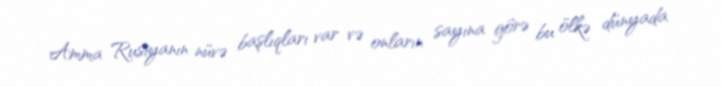
Amma Rusiyanın nüvə başlıqları var və onların sayına görə bu ölkə dünyada